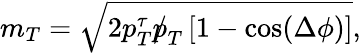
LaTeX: m_{T}=\sqrt{2p_{T}^{\tau}{p\! \! \! /}_{T}\left[1-\cos(\Delta\phi)\right]},